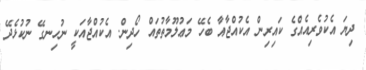
ދިޔަ އެކުވެރިއެއްގެ ކައިރިން އެކުއްޖާއާ ބެހޭ މަޢުލޫމާތުތައް ހޯދިން. އެކުއްޖާއަކީ ނުހިނގޭ ނުކުޅެދޭ